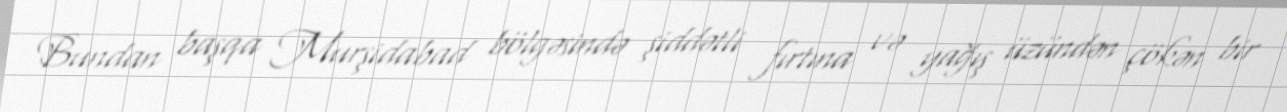
Bundan başqa Murşidabad bölgəsində şiddətli fırtına və yağış üzündən çökən bir